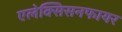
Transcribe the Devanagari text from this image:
एलेक्सिसनफायर